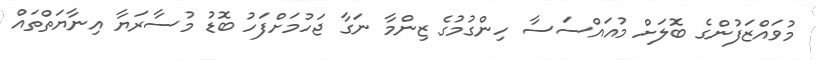
މުވައްޒަފުންގެ ބޮލަށް މުއައްސަސާ ހިންގުމުގެ ޒިންމާ ނަގާ ޖަހުމަށްފަހު ބޮޑު މުސާރަޔާ އިނާޔަތްތައް